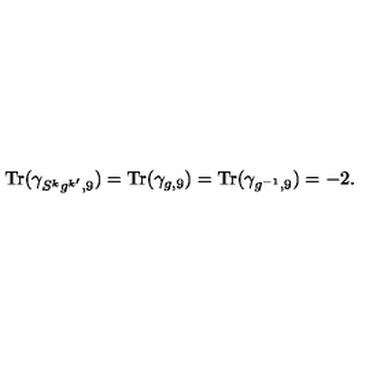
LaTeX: { \mathrm { T r } } ( \gamma _ { S ^ { k } g ^ { k ^ { \prime } } , 9 } ) = { \mathrm { T r } } ( \gamma _ { g , 9 } ) = { \mathrm { T r } } ( \gamma _ { g ^ { - 1 } , 9 } ) = - 2 .